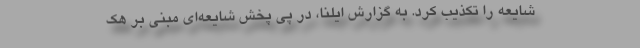
شایعه را تکذیب کرد. به گزارش ایلنا، در پی پخش شایعه‌ای مبنی بر هک